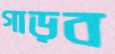
গাড়ব